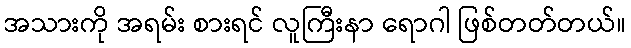
အသားကို အရမ်း စားရင် လူကြီးနာ ရောဂါ ဖြစ်တတ်တယ်။